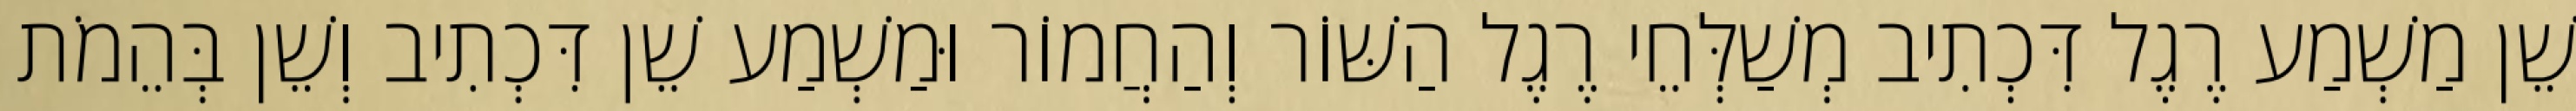
שֵׁן מַשְׁמַע רֶגֶל דִּכְתִיב מְשַׁלְּחֵי רֶגֶל הַשּׁוֹר וְהַחֲמוֹר וּמַשְׁמַע שֵׁן דִּכְתִיב וְשֵׁן בְּהֵמֹת